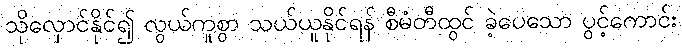
သိုလှောင်နိုင်၍ လွယ်ကူစွာ သယ်ယူနိုင်ရန် စီမံတီထွင် ခဲ့ပေသော ပွင့်ကောင်း